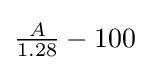
{\tfrac {A}{1.28}}-100